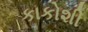
કાકોશી